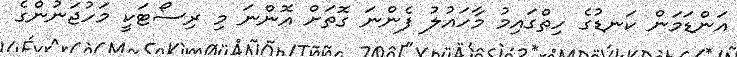
އަންޑަމަން ކަނޑުގެ ހިތްގައިމު މާހައުލު ފެންނަ ގޮތަށް އޮންނަ މި ރިސޯޓަކީ މަހުޖަނުންގެ